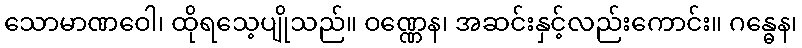
သောမာဏဝေါ၊ ထိုရသေ့ပျိုသည်။ ဝဏ္ဏေန၊ အဆင်းနှင့်လည်းကောင်း။ ဂန္ဓေန၊